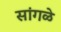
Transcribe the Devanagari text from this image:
सांगळे